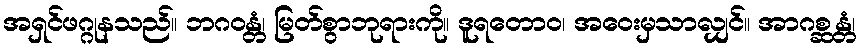
အရှင်ဖဂ္ဂုနသည်။ ဘဂဝန္တံ၊ မြတ်စွာဘုရားကို။ ဒူရတောဝ၊ အဝေးမှသာလျှင်။ အာဂစ္ဆန္တံ၊